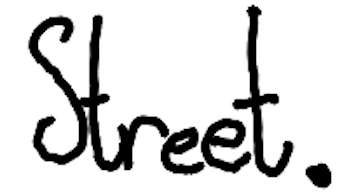
Text: Street.
Cross-out: clean
Writing tool: digital_black